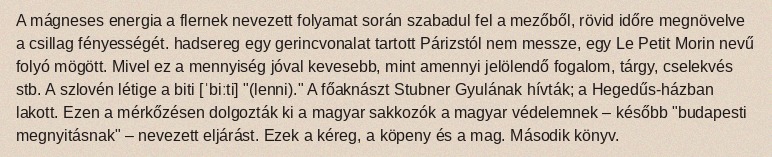
A mágneses energia a flernek nevezett folyamat során szabadul fel a mezőből, rövid időre megnövelve a csillag fényességét. hadsereg egy gerincvonalat tartott Párizstól nem messze, egy Le Petit Morin nevű folyó mögött. Mivel ez a mennyiség jóval kevesebb, mint amennyi jelölendő fogalom, tárgy, cselekvés stb. A szlovén létige a biti [ˈbiːti] "(lenni)." A főaknászt Stubner Gyulának hívták; a Hegedűs-házban lakott. Ezen a mérkőzésen dolgozták ki a magyar sakkozók a magyar védelemnek – később "budapesti megnyitásnak" – nevezett eljárást. Ezek a kéreg, a köpeny és a mag. Második könyv.